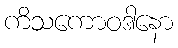
ကိသကောဝဒါနော